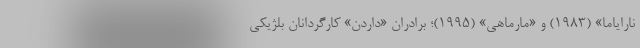
نارایاما» (۱۹۸۳) و «مارماهی» (۱۹۹۵)؛ برادران «داردن» کارگردانان بلژیکی